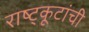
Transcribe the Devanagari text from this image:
राष्ट्कूटांची